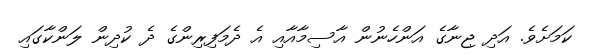
ކަމަށެވެ. އަދި ޖިނާގެ އަންހެނުން އާސިމާއާއި އެ ދެމަފިރިންގެ ދެ ކުދިން ލަންކާގައި